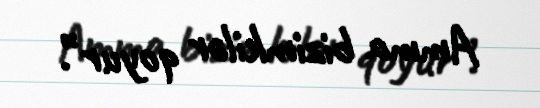
Amma bizimkilər qoyur”.